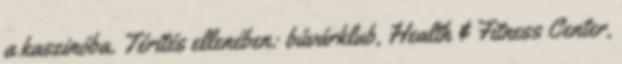
a kaszinóba. Térítés ellenében: búvárklub, Health & Fitness Center,